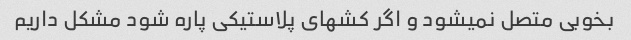
بخوبی متصل نمیشود و اگر کشهای پلاستیکی پاره شود مشکل داریم